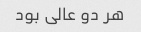
هر دو عالی بود